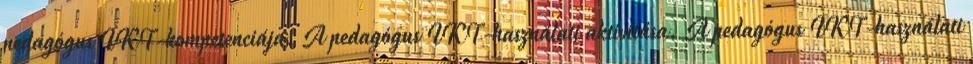
pedagógus IKT-kompetenciája. A pedagógus IKT-használati aktivitása. A pedagógus IKT-használati